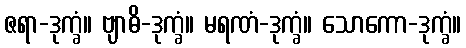
ဇရာ-ဒုက္ခံ။ ဗျာဓိ-ဒုက္ခံ။ မရဏံ-ဒုက္ခံ။ သောကော-ဒုက္ခံ။